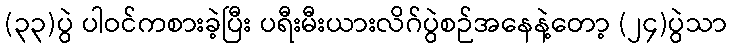
(၃၃)ပွဲ ပါဝင်ကစားခဲ့ပြီး ပရီးမီးယားလိဂ်ပွဲစဉ်အနေနဲ့တော့ (၂၄)ပွဲသာ